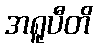
အရူပီတိ